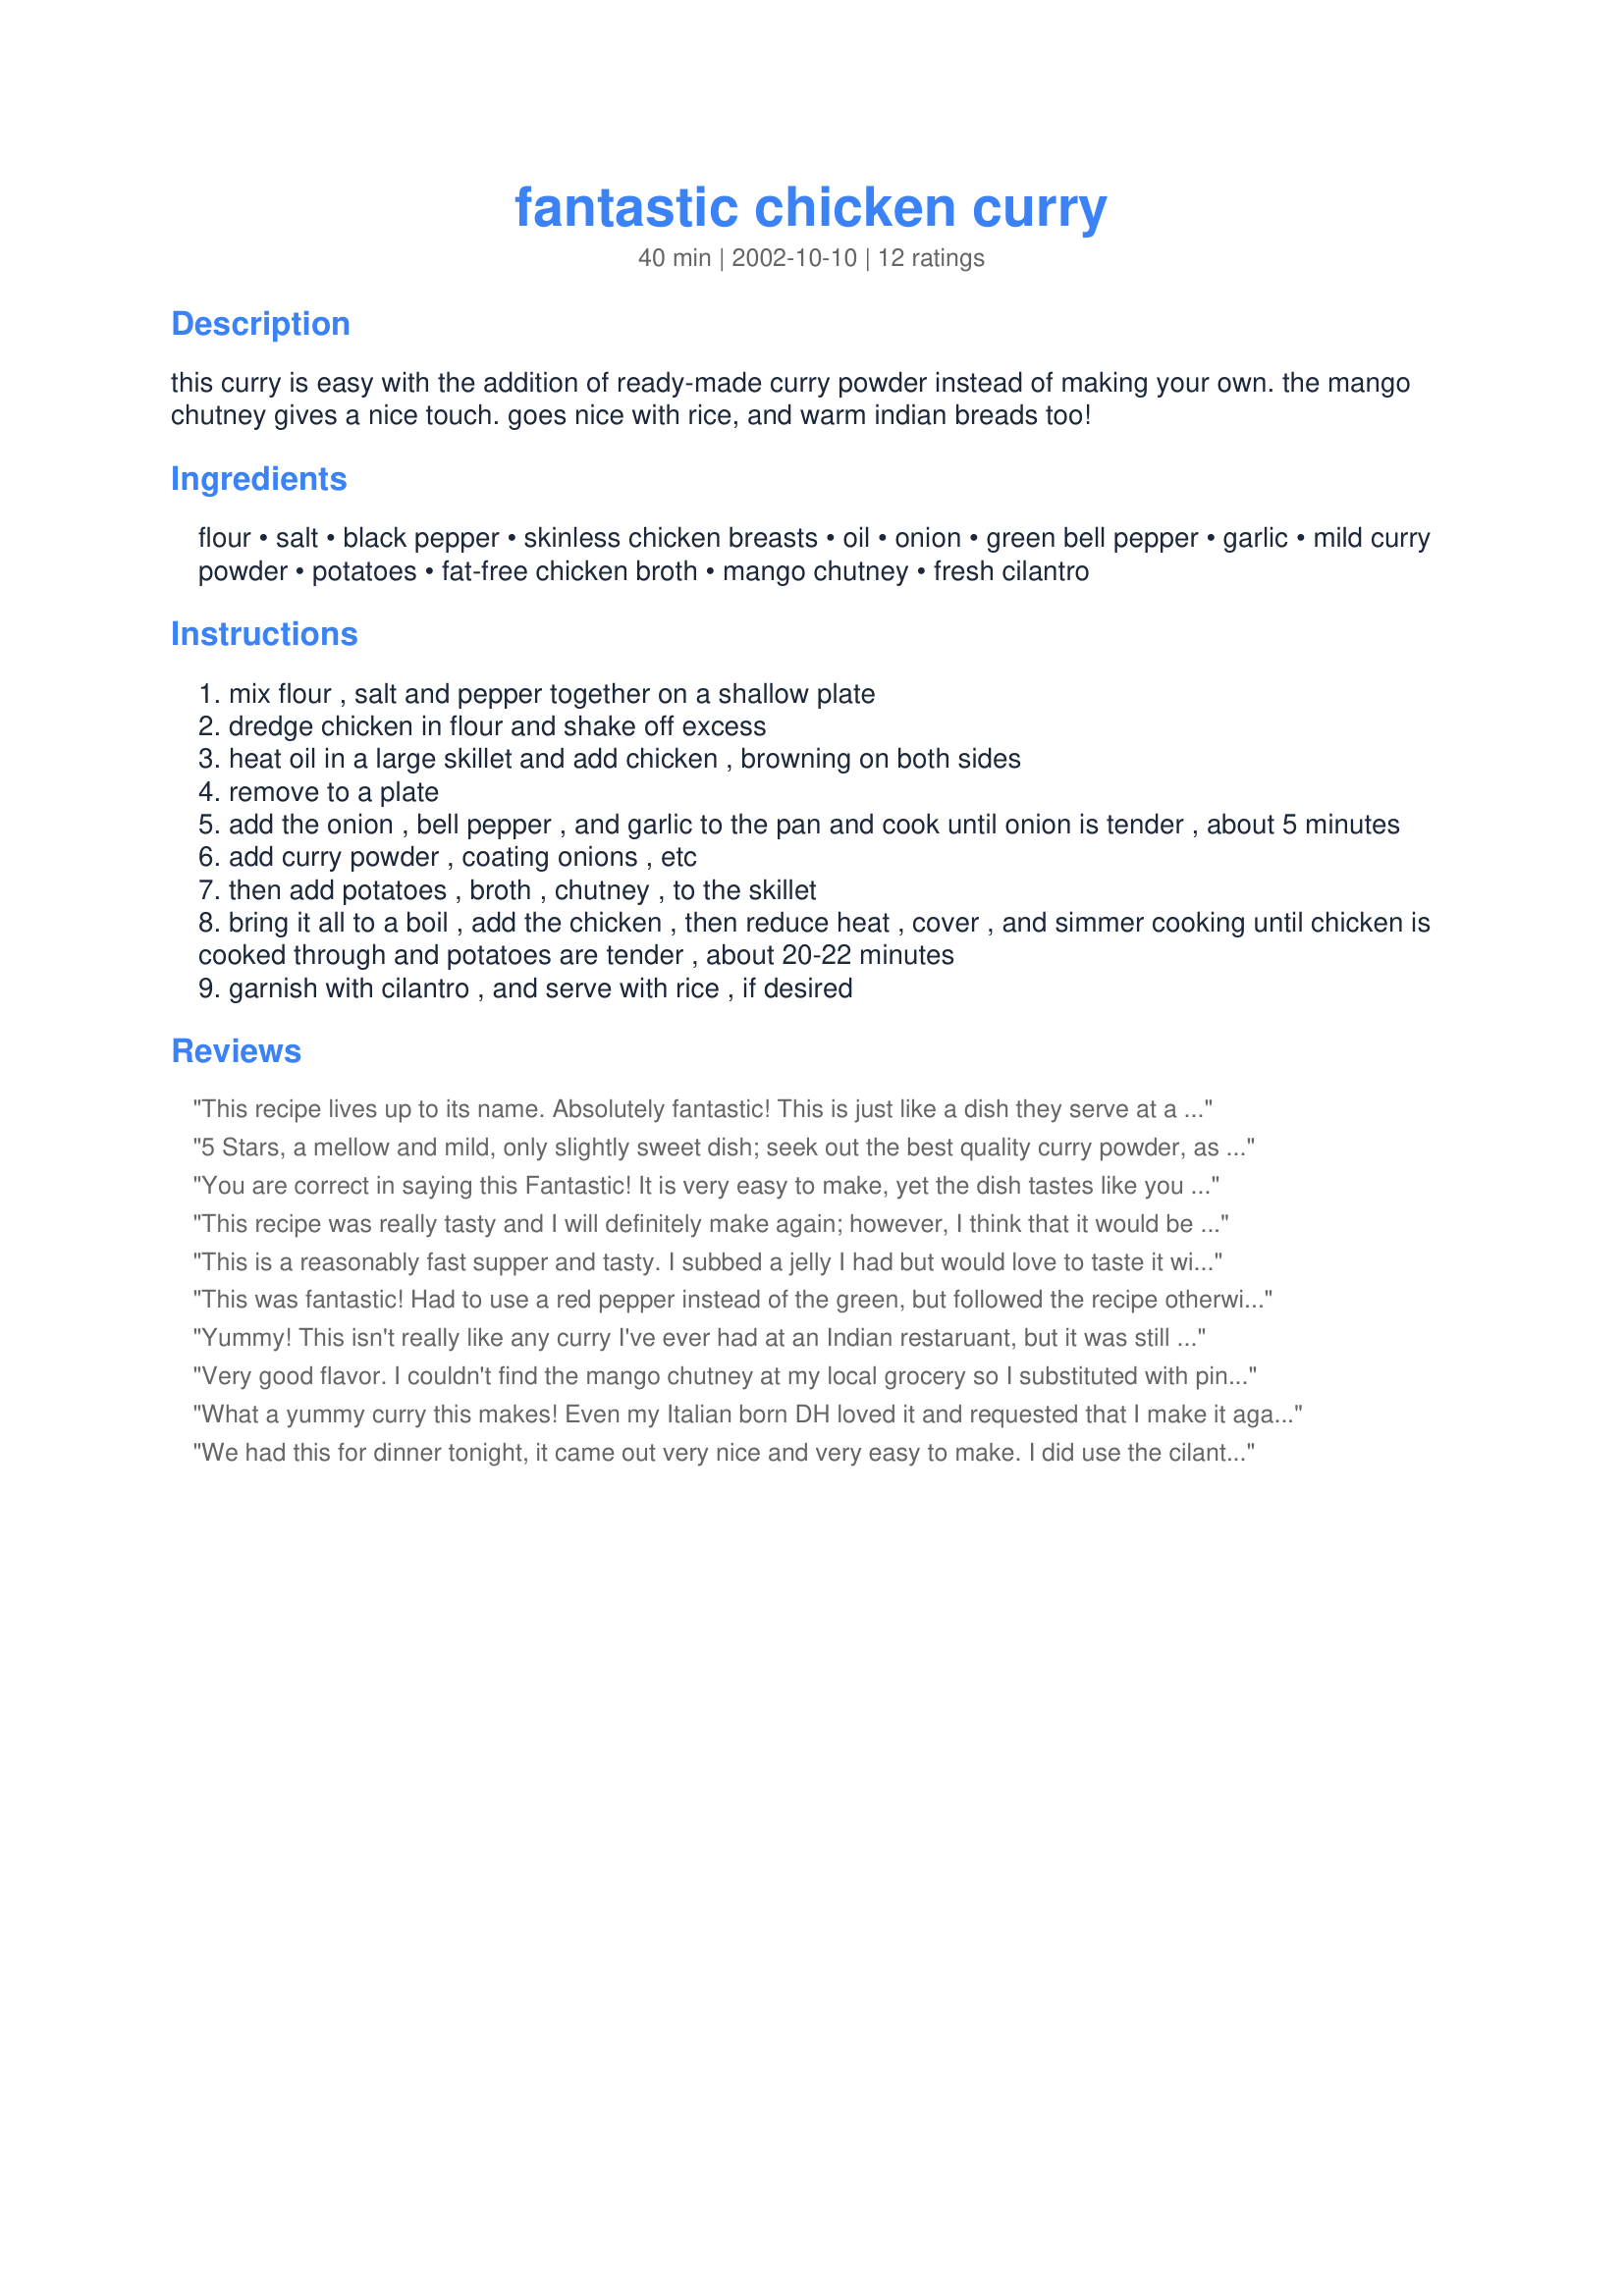
fantastic chicken curry
Preparation time: 40 minutes

this curry is easy with the addition of ready-made curry powder instead of making your own. the mango chutney gives a nice touch. goes nice with rice, and warm indian breads too!

Ingredients:
flour, salt, black pepper, skinless chicken breasts, oil, onion, green bell pepper, garlic, mild curry powder, potatoes, fat-free chicken broth, mango chutney, fresh cilantro

Steps:
mix flour , salt and pepper together on a shallow plate
dredge chicken in flour and shake off excess
heat oil in a large skillet and add chicken , browning on both sides
remove to a plate
add the onion , bell pepper , and garlic to the pan and cook until onion is tender , about 5 minutes
add curry powder , coating onions , etc
then add potatoes , broth , chutney , to the skillet
bring it all to a boil , add the chicken , then reduce heat , cover , and simmer cooking until chicken is cooked through and potatoes are tender , about 20-22 minutes
garnish with cilantro , and serve with rice , if desired

Reviews:
This recipe lives up to its name. Absolutely fantastic! This is just like a dish they serve at a popular Vietnamese restaurant here in NYC-- Saigon Grill. 
The only things I did different was skipped the cilantro and I used Apricot preserves instead of mango chutney. Delicious! I wouldn't recommend skipping the preserves or chutney as it makes the dish. Thanks so much for sharing.


5 Stars, a mellow and mild, only slightly sweet dish; seek out the best quality curry powder, as that will determine how well you enjoy this recipe. I used Merwanjee Poonjiajee & Sons's Madras Curry Powder; I might use Garum Masala curry powder another time. Two bone-in chicken breasts weighed 1 1/2 lbs, so this served two; I had to transfer from a 12" skillet to a 5 1/2 quart skillet to accommodate the chicken and the potatoes. The bone adds flavor to the sauce, but I wouldn't have to turn the chicken over if it was cut up in smaller pieces (but I would have to shorten the cooking time). I used Crosse & Blackwell's Major Grey Chutney, located near the hot tomato sauces. With so much diced potato, I wouldn't dream of serving over rice; I served over steamed green beans. I will make this again! Made for Photo Tag.
You are correct in saying this Fantastic! It is very easy to make, yet the dish tastes like you have spent a lot of time cooking. The sauce was lovely and full of flavor. The mango chutney definately added another taste sensation. The meal was truly delightful, and you made me look good, Sue ;-) Thanks for sharing this wonderful recipe.
This recipe was really tasty and I will definitely make again; however, I think that it would be better if the chicken was cut into pieces before placing in the flour. I might also add some cornstarch to thicken up the sauce a bit. I served with jasmin rice which was perfect.
This is a reasonably fast supper and tasty. I subbed a jelly I had but would love to taste it with a true chutney in it. Very good. Great tasty sauce. Makes a generous recipe and I am looking forward to left overs. I used de-boned chicken thighs cut in chunks.
This was fantastic! Had to use a red pepper instead of the green, but followed the recipe otherwise. Will be making again! Thanks Sue!
Yummy! This isn't really like any curry I've ever had at an Indian restaruant, but it was still good. Next time I would add some more veggies (I like to have a higher veggie-to-meat ratio). Good comfort food with the breaded chicken and potatoes in a nice thick sauce. We did add the mango chutney, which was interesting. I did have to leave out the cilantro because I ran out, although I'm sure that would make the dish even tastier. Thanks for posting. I would make this again.
Very good flavor. I couldn't find the mango chutney at my local grocery so I substituted with pineapple marmelade that I already had, plus a dash of teriyaki sauce, and extra garlic. It still turned out really good. I also used a red pepper instead of green to make more colorful, especially once it's topped with the cilantro.
What a yummy curry this makes! Even my Italian born DH loved it and requested that I make it again. Thanks!
We had this for dinner tonight, it came out very nice and very easy to make. I did use the cilantro and all of the other ingredients, except the mango chutney, which was not available at stores near me. Although I know one other reviewer rated this recipe without using the chutney, I feel more comfortable not giving stars at this time. If I have a chance I'll make it again, and rate at that time. Thank you for a nice recipe.
Excellent flavor and texture. I prefer a little warmer curry so next time I'll add a touch of hot curry powder to complement the mild. Thanks for a great recipe.
Very good! I didn't use the mango chutney or cilantro cause I didn't have any. Excellent! Wouldn't change a thing.
